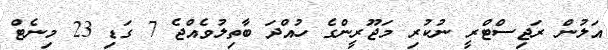
އަލުން ރަޖިސްޓްރީ ނުކުރި މަޖޫރީންގެ ހުއްދަ ބާތިލުވެއްޖެ 7 ގަޑި 23 މިނެޓް